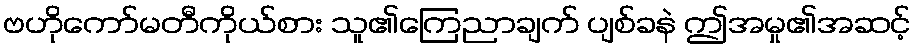
ဗဟိုကော်မတီကိုယ်စား သူ၏ကြေညာချက် ပျစ်ခနဲ ဤအမှု၏အဆင့်